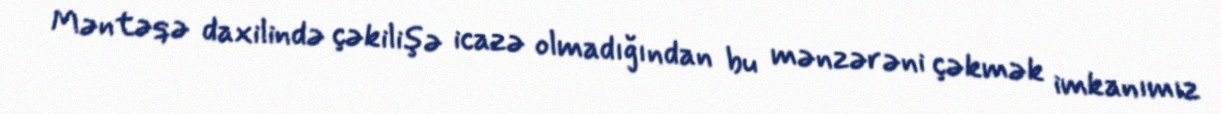
Məntəqə daxilində çəkilişə icazə olmadığından bu mənzərəni çəkmək imkanımız